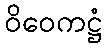
ဝိဝေကဋ္ဌံ